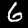
Label: 6